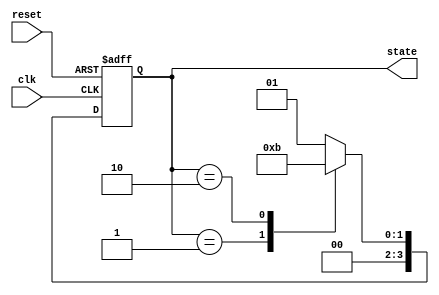
module StateInitialization (
    input wire clk,          // Clock signal
    input wire reset,        // Active-high reset signal
    output reg [3:0] state   // State output (4-bit vector)
);

// Internal states initialization
localparam [3:0] INITIAL_STATE = 4'b0001; // Predefined initial state
localparam [3:0] STATE_A = 4'b0001;       // Example state A
localparam [3:0] STATE_B = 4'b0010;       // Example state B
localparam [3:0] STATE_C = 4'b0011;       // Example state C

// State transition logic
always @(posedge clk or posedge reset) begin
    if (reset) begin
        // Initialize states on reset
        state <= INITIAL_STATE;
    end else begin
        // State transition logic (example)
        case (state)
            STATE_A: state <= STATE_B; // Transition from A to B
            STATE_B: state <= STATE_C; // Transition from B to C
            STATE_C: state <= STATE_A; // Transition from C back to A
            default: state <= INITIAL_STATE; // Fallback to initial state
        endcase
    end
end

endmodule